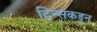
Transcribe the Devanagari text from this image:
ट्विन्सकडून